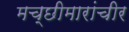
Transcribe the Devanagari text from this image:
मच्छीमारांचीर